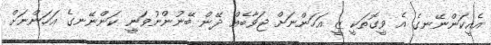
އެއީކަންނޭނގެ އެ ވީގޮތަކީ ޒީ އަހަންނަށް ޖަވާބެއް ދޭން ބޭނުންނުވަނީ ކަންނޭނގެ އަހަންނަށް